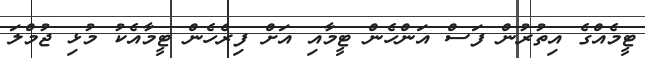
ޓީމެއްގެ އިތުރުން ފަސް އަންހެން ޓީމާއި އަށް ފިރެހެން ޓީމާއެކު މުޅި ޖުމްލަ